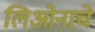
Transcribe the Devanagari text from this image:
लिओनाचे